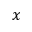
x